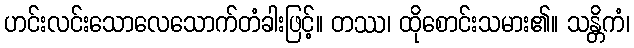
ဟင်းလင်းသောလေသောက်တံခါးဖြင့်။ တဿ၊ ထိုစောင်းသမား၏။ သန္တိကံ၊